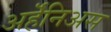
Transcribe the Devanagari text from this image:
अर्हॆनिअस